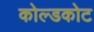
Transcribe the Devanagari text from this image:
कोल्डकोट